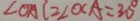
\angle O A C = \angle O C A = 3 0 ^ { \circ }